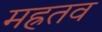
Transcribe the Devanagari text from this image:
मह्रतव